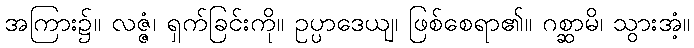
အကြား၌။ လဇ္ဇံ၊ ရှက်ခြင်းကို။ ဥပ္ပာဒေယျ၊ ဖြစ်စေရာ၏။ ဂစ္ဆာမိ၊ သွားအံ့။